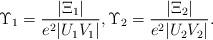
LaTeX: \begin{align*}\Upsilon_1 = \frac{|\Xi_1|}{ e^2 |U_1V_1|}, \Upsilon_2 = \frac{|\Xi_2|}{ e^2 |U_2V_2|}.\end{align*}